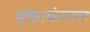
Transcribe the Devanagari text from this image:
भुकाकंगाल